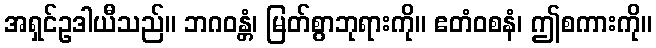
အရှင်ဥဒါယီသည်။ ဘဂဝန္တံ၊ မြတ်စွာဘုရားကို။ ဧတံဝစနံ၊ ဤစကားကို။